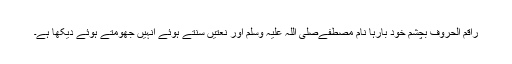
راقم الحروف بچشم خود بارہا نام مصطفےٰصلی اللہ علیہ وسلم اور نعتیں سُنتے ہوئے انہیں جُھومتے ہوئے دیکھا ہے۔